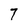
Character: 7